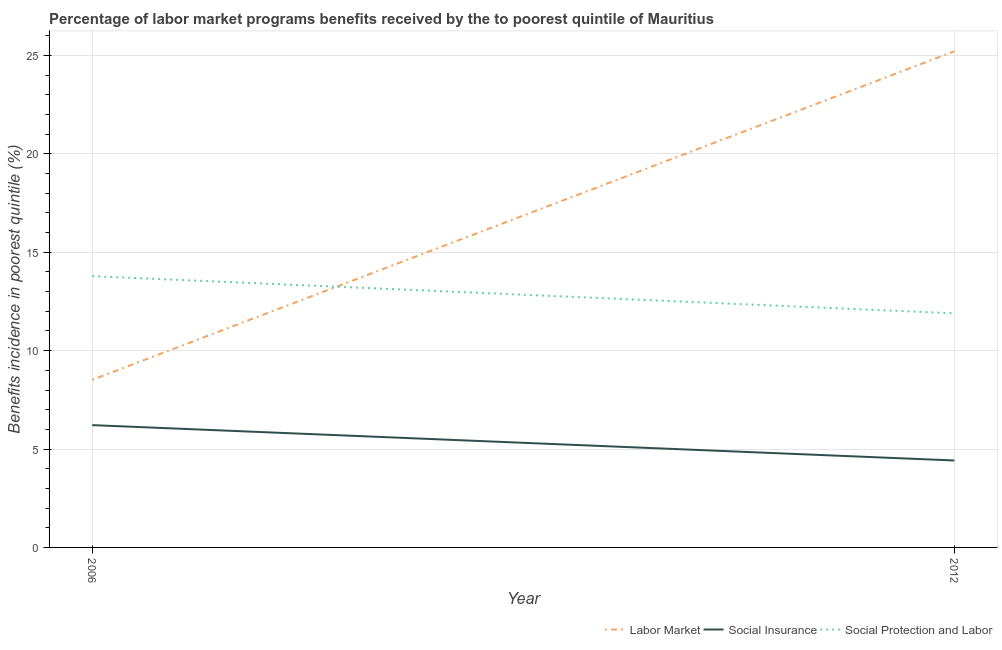
| Year | Labor Market | Social Insurance | Social Protection and Labor |
 | --- | --- | --- | --- |
 | 2006 | 8.52 | 6.22 | 13.8 |
 | 2012 | 25.2 | 4.42 | 11.9 |